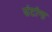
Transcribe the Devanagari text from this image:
उंटांना